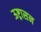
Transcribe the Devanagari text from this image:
ऊष्ट्रासन